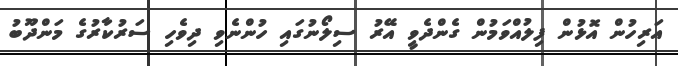
އަރިހުން އޮޅުން ފިލުއްވަމުން ގެންދެވީ އޭރު ސިލޯނުގައި ހުންނެވި ދިވެހި ސަރުކާރުގެ މަންދޫބު